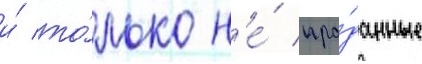
и́ то́лько н'е́ про́данные